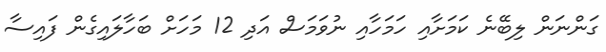
ގަންނަން ލިބޭނެ ކަމަށާއި ހަމަހާއި ނުވަމަސް އަދި 12 މަހަށް ބަހާލައިގެން ފައިސާ